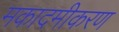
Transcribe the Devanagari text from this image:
मकादमीकरण